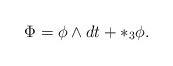
LaTeX: \begin{align*}\Phi =\phi \wedge dt+\ast _{3}\phi . \end{align*}